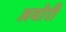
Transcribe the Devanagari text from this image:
अवोरी